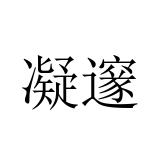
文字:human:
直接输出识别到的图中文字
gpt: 凝邃